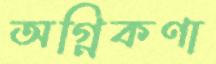
অগ্নিকণা